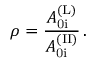
\rho = \frac { A _ { \mathrm { 0 i } } ^ { \mathrm { ( L ) } } } { A _ { \mathrm { 0 i } } ^ { \mathrm { ( I I ) } } } \, .